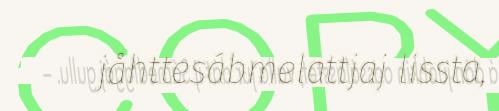
jåhttesábmelattjaj lissta,